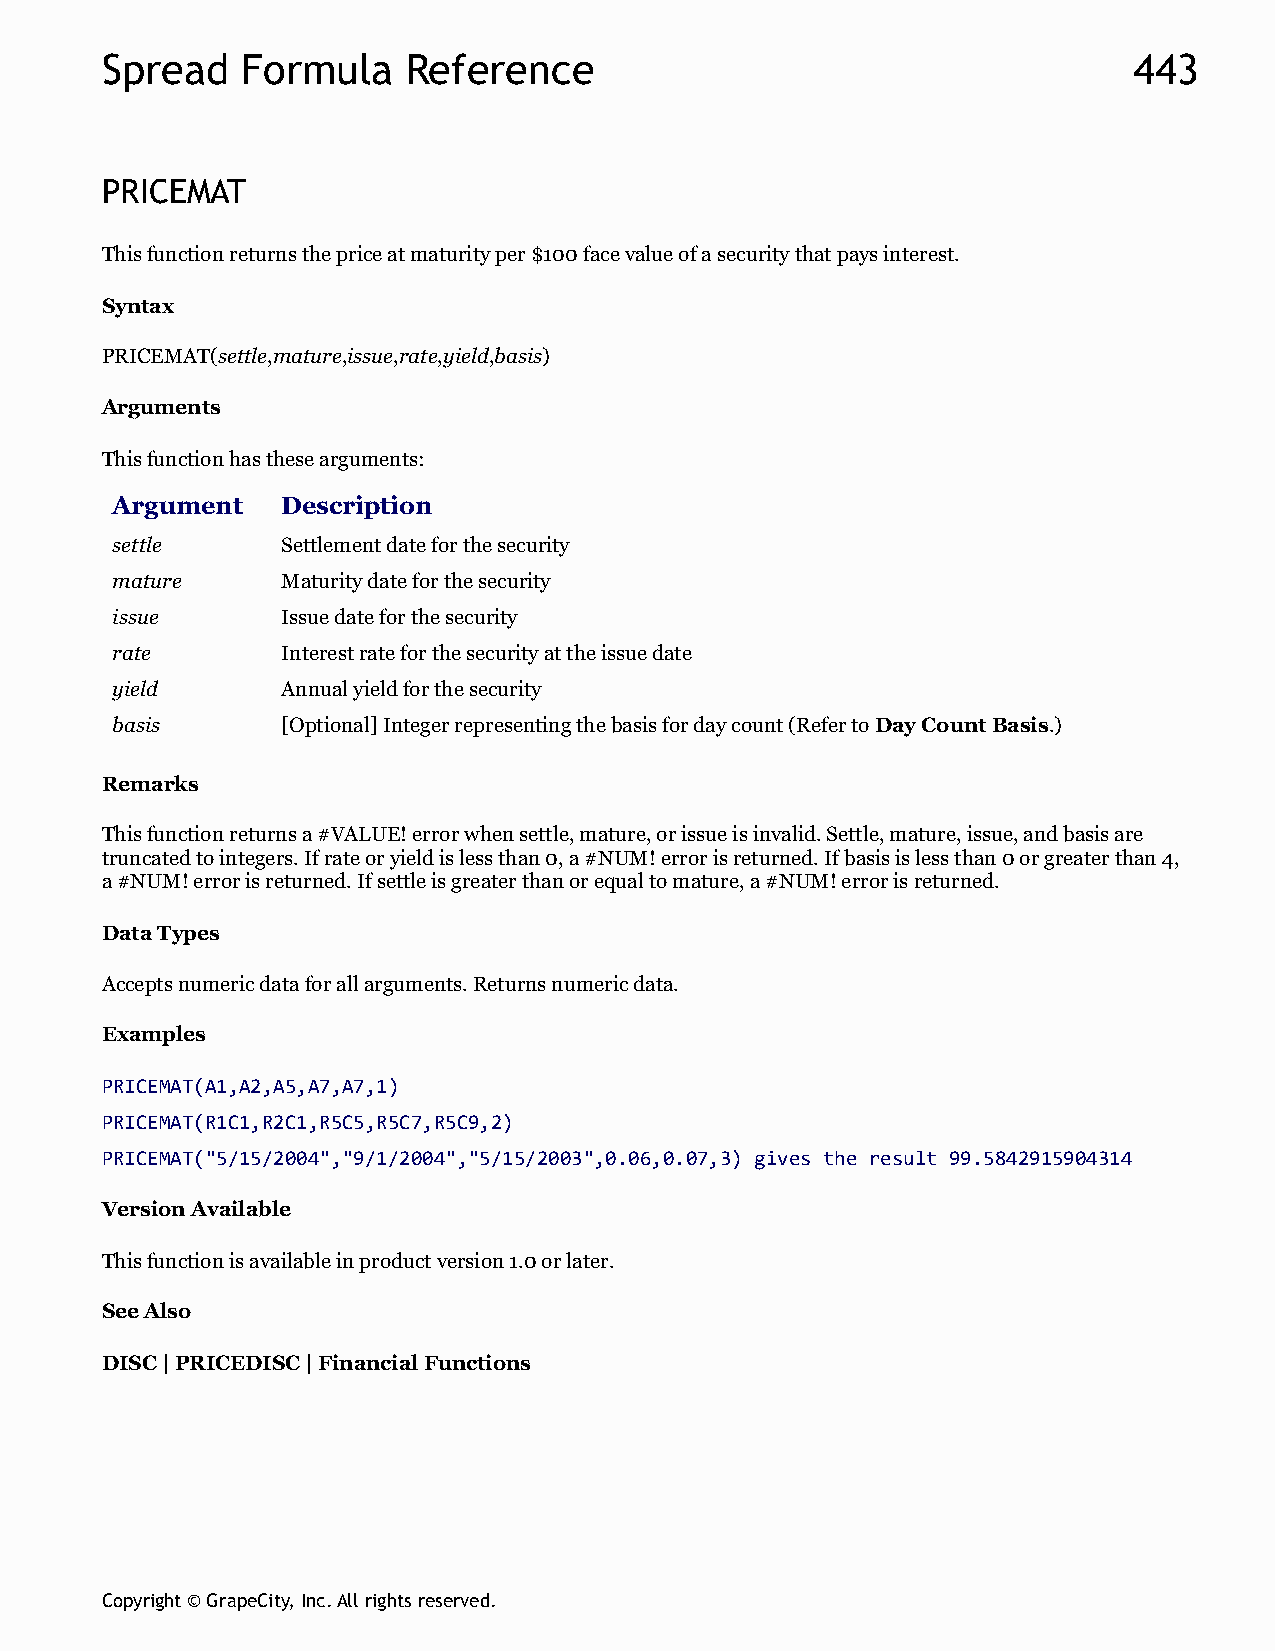
Spread   Formula    Reference                                       443
 PRICEMAT
 This function returns the price at maturity per $100 face value of a security that pays interest.
 Syntax
 PRICEMAT(settle,mature,issue,rate,yield,basis)
 Arguments
 This function has these arguments:
 Argument    Description
 settle      Settlement date for the security
 mature      Maturity date for the security
 issue       Issue date for the security
 rate        Interest rate for the security at the issue date
 yield       Annual yield for the security
 basis       [Optional] Integer representing the basis for day count (Refer to Day Count Basis.)
 Remarks
 This function returns a #VALUE! error when settle, mature, or issue is invalid. Settle, mature, issue, and basis are
 truncated to integers. If rate or yield is less than 0, a #NUM! error is returned. If basis is less than 0 or greater than 4,
 a #NUM! error is returned. If settle is greater than or equal to mature, a #NUM! error is returned.
 Data Types
 Accepts numeric data for all arguments. Returns numeric data.
 Examples
 PRICEMAT(A1,A2,A5,A7,A7,1)
 PRICEMAT(R1C1,R2C1,R5C5,R5C7,R5C9,2)
 PRICEMAT("5/15/2004","9/1/2004","5/15/2003",0.06,0.07,3) gives the result 99.5842915904314
 Version Available
 This function is available in product version 1.0 or later.
 See Also
 DISC | PRICEDISC | Financial Functions
 Copyright © GrapeCity, Inc. All rights reserved.